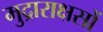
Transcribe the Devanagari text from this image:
मुद्राराक्षसों